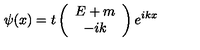
\psi ( x ) = t \left( \begin{array} { c } { E + m } \\ { - i k } \\ \end{array} \right) e ^ { i k x }